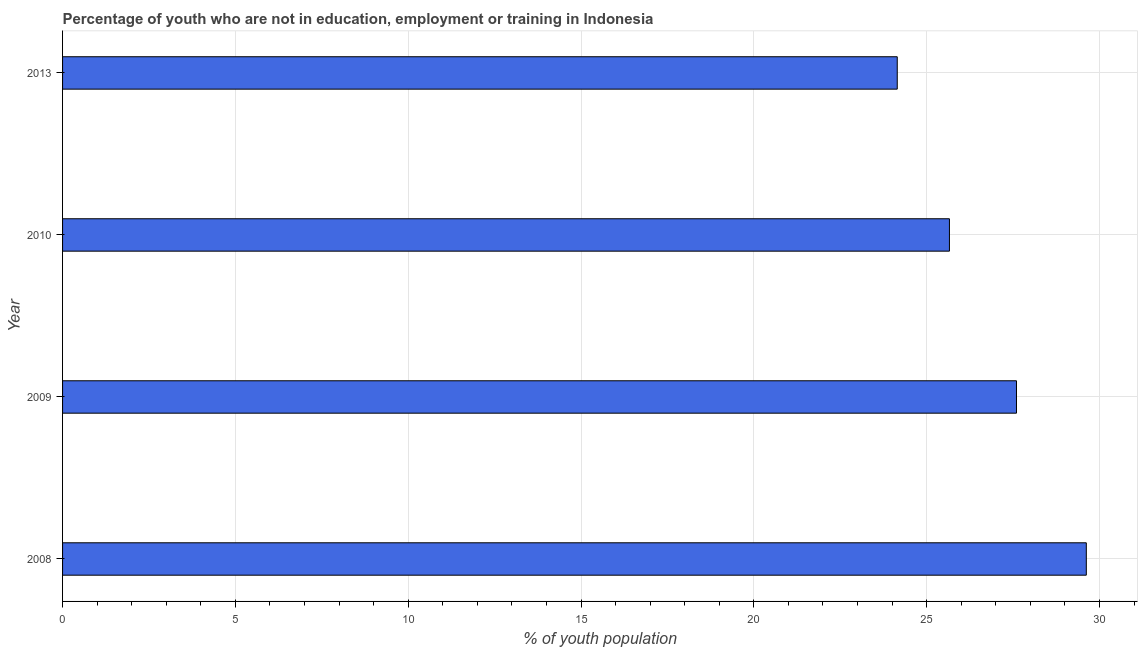
| Year | Unemployed youth |
 | --- | --- |
 | 2008 | 29.6 |
 | 2009 | 27.6 |
 | 2010 | 25.7 |
 | 2013 | 24.1 |